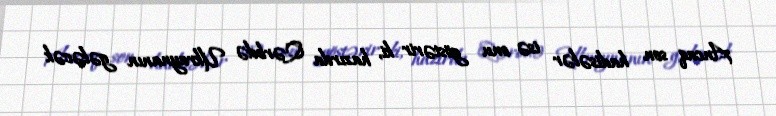
Ancaq son hadisələr isə onu göstərir ki, hazırda Qərbdə Ukraynanın gələcək